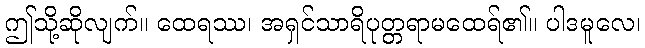
ဤသို့ဆိုလျက်။ ထေရဿ၊ အရှင်သာရိပုတ္တရာမထေရ်၏။ ပါဒမူလေ၊